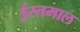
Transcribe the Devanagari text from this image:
ईस्तमाल